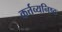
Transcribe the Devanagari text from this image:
कर्त्तव्यनिष्ठ